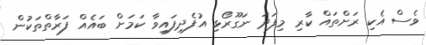
ވެސް އެކި ރަށްތައް ކާރި މިފަދަ ނަގޫރޯޅި އުފެދިފައިވާ ކަމަށް ބައެއް ފަރާތްތަކުން